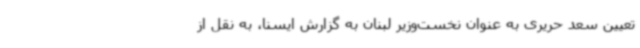
تعیین سعد حریری به عنوان نخست‌وزیر لبنان به گزارش ایسنا، به نقل از